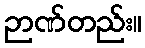
ဉာဏ်တည်း။